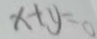
x + y = 0